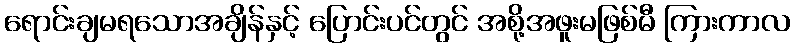
ရောင်းချမရသောအချိန်နှင့် ပြောင်းပင်တွင် အစို့အဖူးမဖြစ်မီ ကြားကာလ